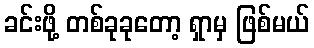
ခင်းဖို့ တစ်ခုခုတော့ ရှာမှ ဖြစ်မယ်